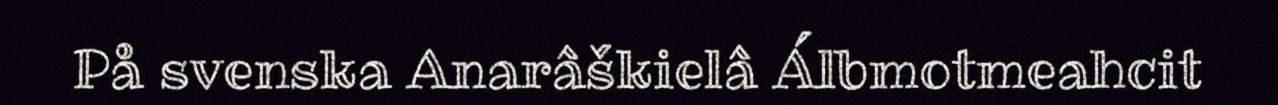
På svenska Anarâškielâ Álbmotmeahcit